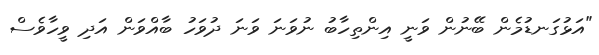
"އަޅުގަނޑުމެން ބޭނުން ވަނީ އިންތިހާބު ނުވަނަ ވަނަ ދުވަހު ބާއްވަން އަދި ވީހާވެސް